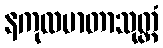
နကုလမာတာသုတ္တံ